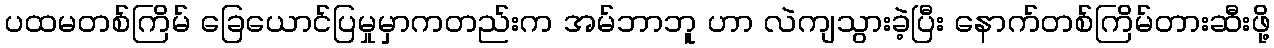
ပထမတစ်ကြိမ် ခြေယောင်ပြမှုမှာကတည်းက အမ်ဘာဘူ ဟာ လဲကျသွားခဲ့ပြီး နောက်တစ်ကြိမ်တားဆီးဖို့